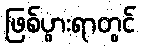
ဖြစ်ပွားရာတွင်